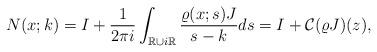
LaTeX: \begin{align*}&N(x;k)=I+\frac{1}{2\pi i} \int_{\mathbb{R}\cup i \mathbb{R}} \frac{\varrho(x;s)J}{s-k} d s=I+\mathcal{C}(\varrho J)(z),\end{align*}